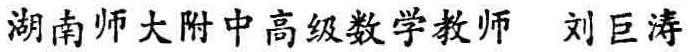
湖南师大附中高级数学教师 刘巨涛